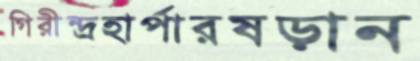
গিরীন্দ্রহার্পারষড়ান